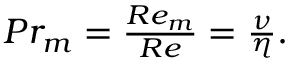
\begin{array} { r } { P r _ { m } = \frac { R e _ { m } } { R e } = \frac { \nu } { \eta } . } \end{array}